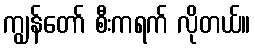
ကျွန်တော် စီးကရက် လိုတယ်။